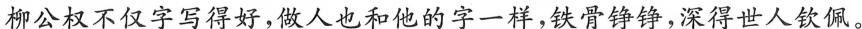
柳公权不仅字写得好，做人也和他的字一样，铁骨铮铮，深得世人钦佩。